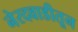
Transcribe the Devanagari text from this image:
नेरदवाडीतून